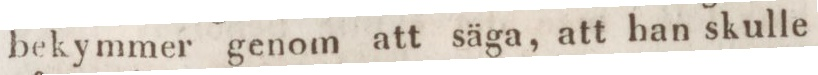
bekymmer genom att säga, att han skulle